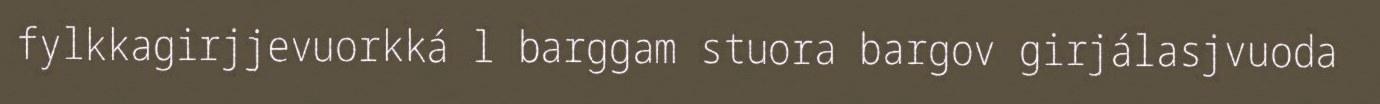
fylkkagirjjevuorkká l barggam stuora bargov girjálasjvuoda